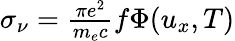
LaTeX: \begin{array}{r}{\sigma_{\nu}=\frac{\pi e^{2}}{m_{e}c}f\Phi(u_{x},T)}\end{array}